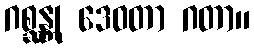
ဂစ္ဆန္တု ဒေဝတာ ဂတာ။